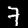
Label: 7